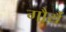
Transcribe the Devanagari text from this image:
गौर्यै